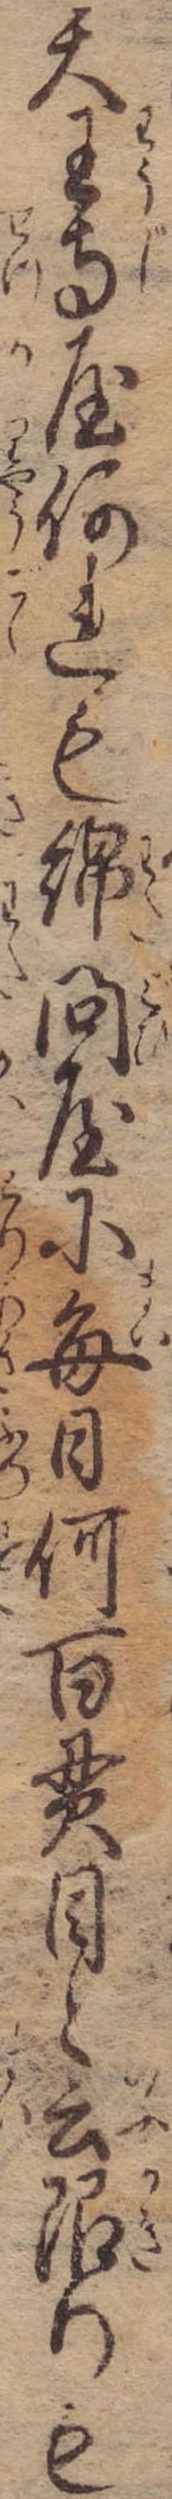
天王寺屋何れも綿問屋に毎日何百貫目と云限りも